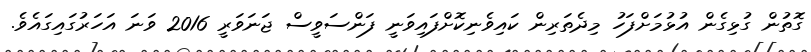
ގޮތުން ގުޅިގެން އުޅުމަށްފަހު މިދެތަރިން ކައިވެނިކޮށްފައިވަނީ ފަންސަވީސް ޖަނަވަރީ 2016 ވަނަ އަހަރުގައިގައެވެ.